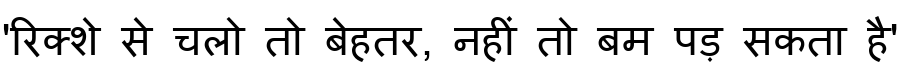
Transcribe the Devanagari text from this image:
'रिक्शे से चलो तो बेहतर, नहीं तो बम पड़ सकता है'